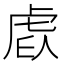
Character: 𧆩